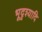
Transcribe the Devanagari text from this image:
भूदृश्यादि